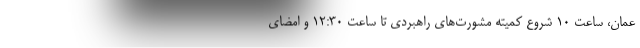
عمان، ساعت ۱۰ شروع کمیته مشورت‌های راهبردی تا ساعت ۱۲:۳۰ و امضای